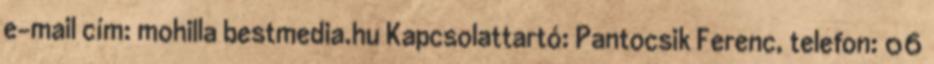
e-mail cím: mohilla bestmedia.hu Kapcsolattartó: Pantocsik Ferenc, telefon: 06